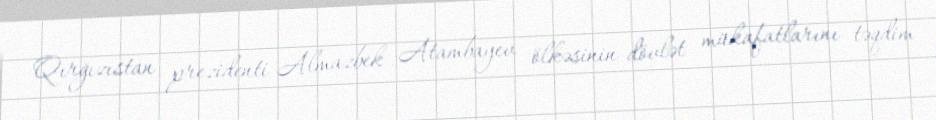
Qırğızıstan prezidenti Almazbek Atambayev ölkəsinin dövlət mükafatlarını təqdim